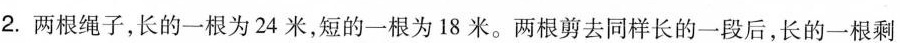
2.两根绳子，长的一根为24米，短的一根为18米。两根剪去同样长的一段后，长的一根剩